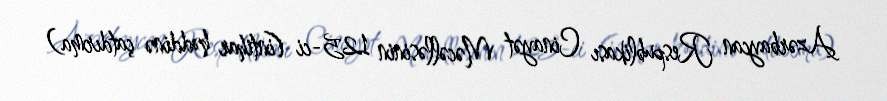
Azərbaycan Respublikası Cinayət Məcəlləsinin 125-ci (intihar həddinə çatdırma)